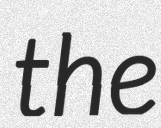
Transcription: the